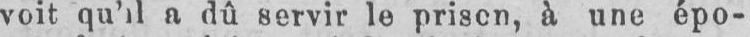
voit qu’il a dû servir le prison, à une épo-